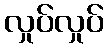
လှုပ်လှုပ်